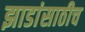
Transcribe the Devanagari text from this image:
झाडांसाठीच